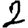
Digit: 2